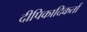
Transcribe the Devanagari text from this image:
दीपिकादिकर्ता